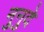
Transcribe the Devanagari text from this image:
नुनुदे